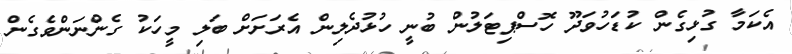
އެކަމާ ގުޅިގެން ކުޑަހުވަދޫ ހޮސްޕިޓަލުން ބުނީ ހުޅުދެލިން އެރަށަށް ބަލި މީހަކު ގެންނަންވެގެން